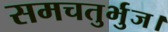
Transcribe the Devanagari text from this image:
समचतुर्भुज।